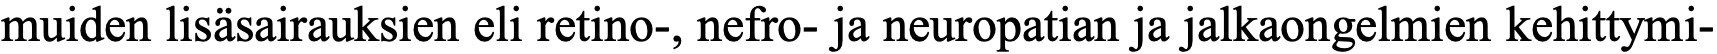
muiden lisäsairauksien eli retino-, nefro- ja neuropatian ja jalkaongelmien kehittymi-